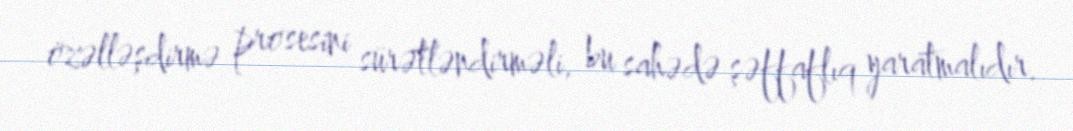
özəlləşdirmə prosesini sürətləndirməli, bu sahədə şəffaflıq yaratmalıdır.